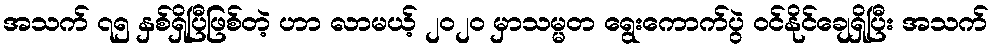
အသက် ၇၅ နှစ်ရှိပြီဖြစ်တဲ့ ဟာ လာမယ့် ၂၀၂၀ မှာသမ္မတ ရွေးကောက်ပွဲ ဝင်နိုင်ချေရှိပြီး အသက်